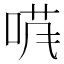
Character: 𱓄